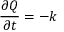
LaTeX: { \frac { \partial Q } { \partial t } } = - k